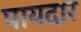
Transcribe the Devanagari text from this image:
पायदार